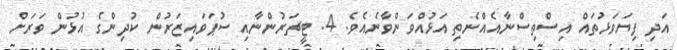
އަދި ފިޔަވަޅުތައް އިސްތިސްނާއެއްނެތި އަޅުއްވަންވާނެއެވެ. 4. ޓީޗަރުންނާއި ސުޕަވައިޒަރުން ކުދިންގެ އުޅުން ވަރަށް